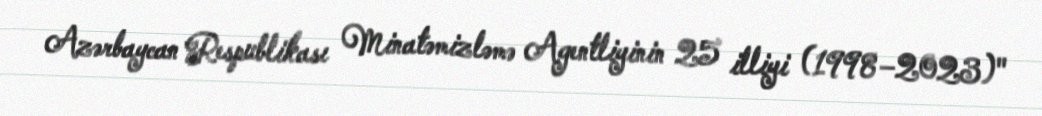
Azərbaycan Respublikası Minatəmizləmə Agentliyinin 25 illiyi (1998–2023)"